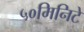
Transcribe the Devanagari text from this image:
५०मिनिटे